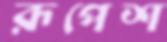
রূপেশ